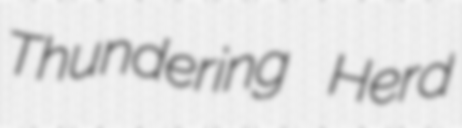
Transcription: Thundering Herd